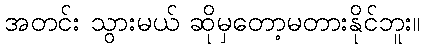
အတင်း သွားမယ် ဆိုမှတော့မတားနိုင်ဘူး။